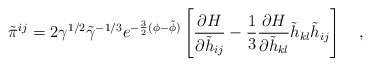
\begin{align*}\tilde{\pi}^{ij}=2\gamma^{1/2}\tilde{\gamma}^{-1/3}e^{-\frac{3}{2}(\phi-\tilde{\phi})}\left[ \frac{\partial H}{\partial \tilde{h}_{ij}}-\frac{1}{3}\frac{\partial H}{\partial \tilde{h}_{kl}}\tilde{h}_{kl}\tilde{h}_{ij} \right] ~~~,\end{align*}